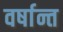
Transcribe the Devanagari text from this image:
वर्षान्त